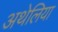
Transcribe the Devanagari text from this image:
अथेलिया